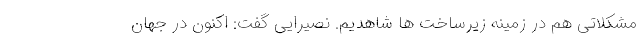
مشکلاتی هم در زمینه زیرساخت ها شاهدیم. نصیرایی گفت: اکنون در جهان